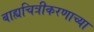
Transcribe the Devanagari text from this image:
बाह्यचित्रीकरणाच्या